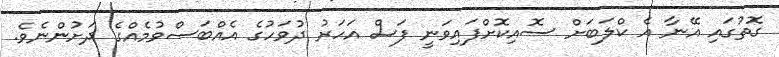
ގޮތުގައި އޭނާ އެ ކްލަބަށް ސޮއިކޮށްފައިވަނީ ފަސް އަހަރު ދުވަހުގެ އެއްބަސްވުމެއްގެ ދަށުންނެވެ.